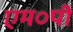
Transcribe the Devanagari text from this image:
एम०पी